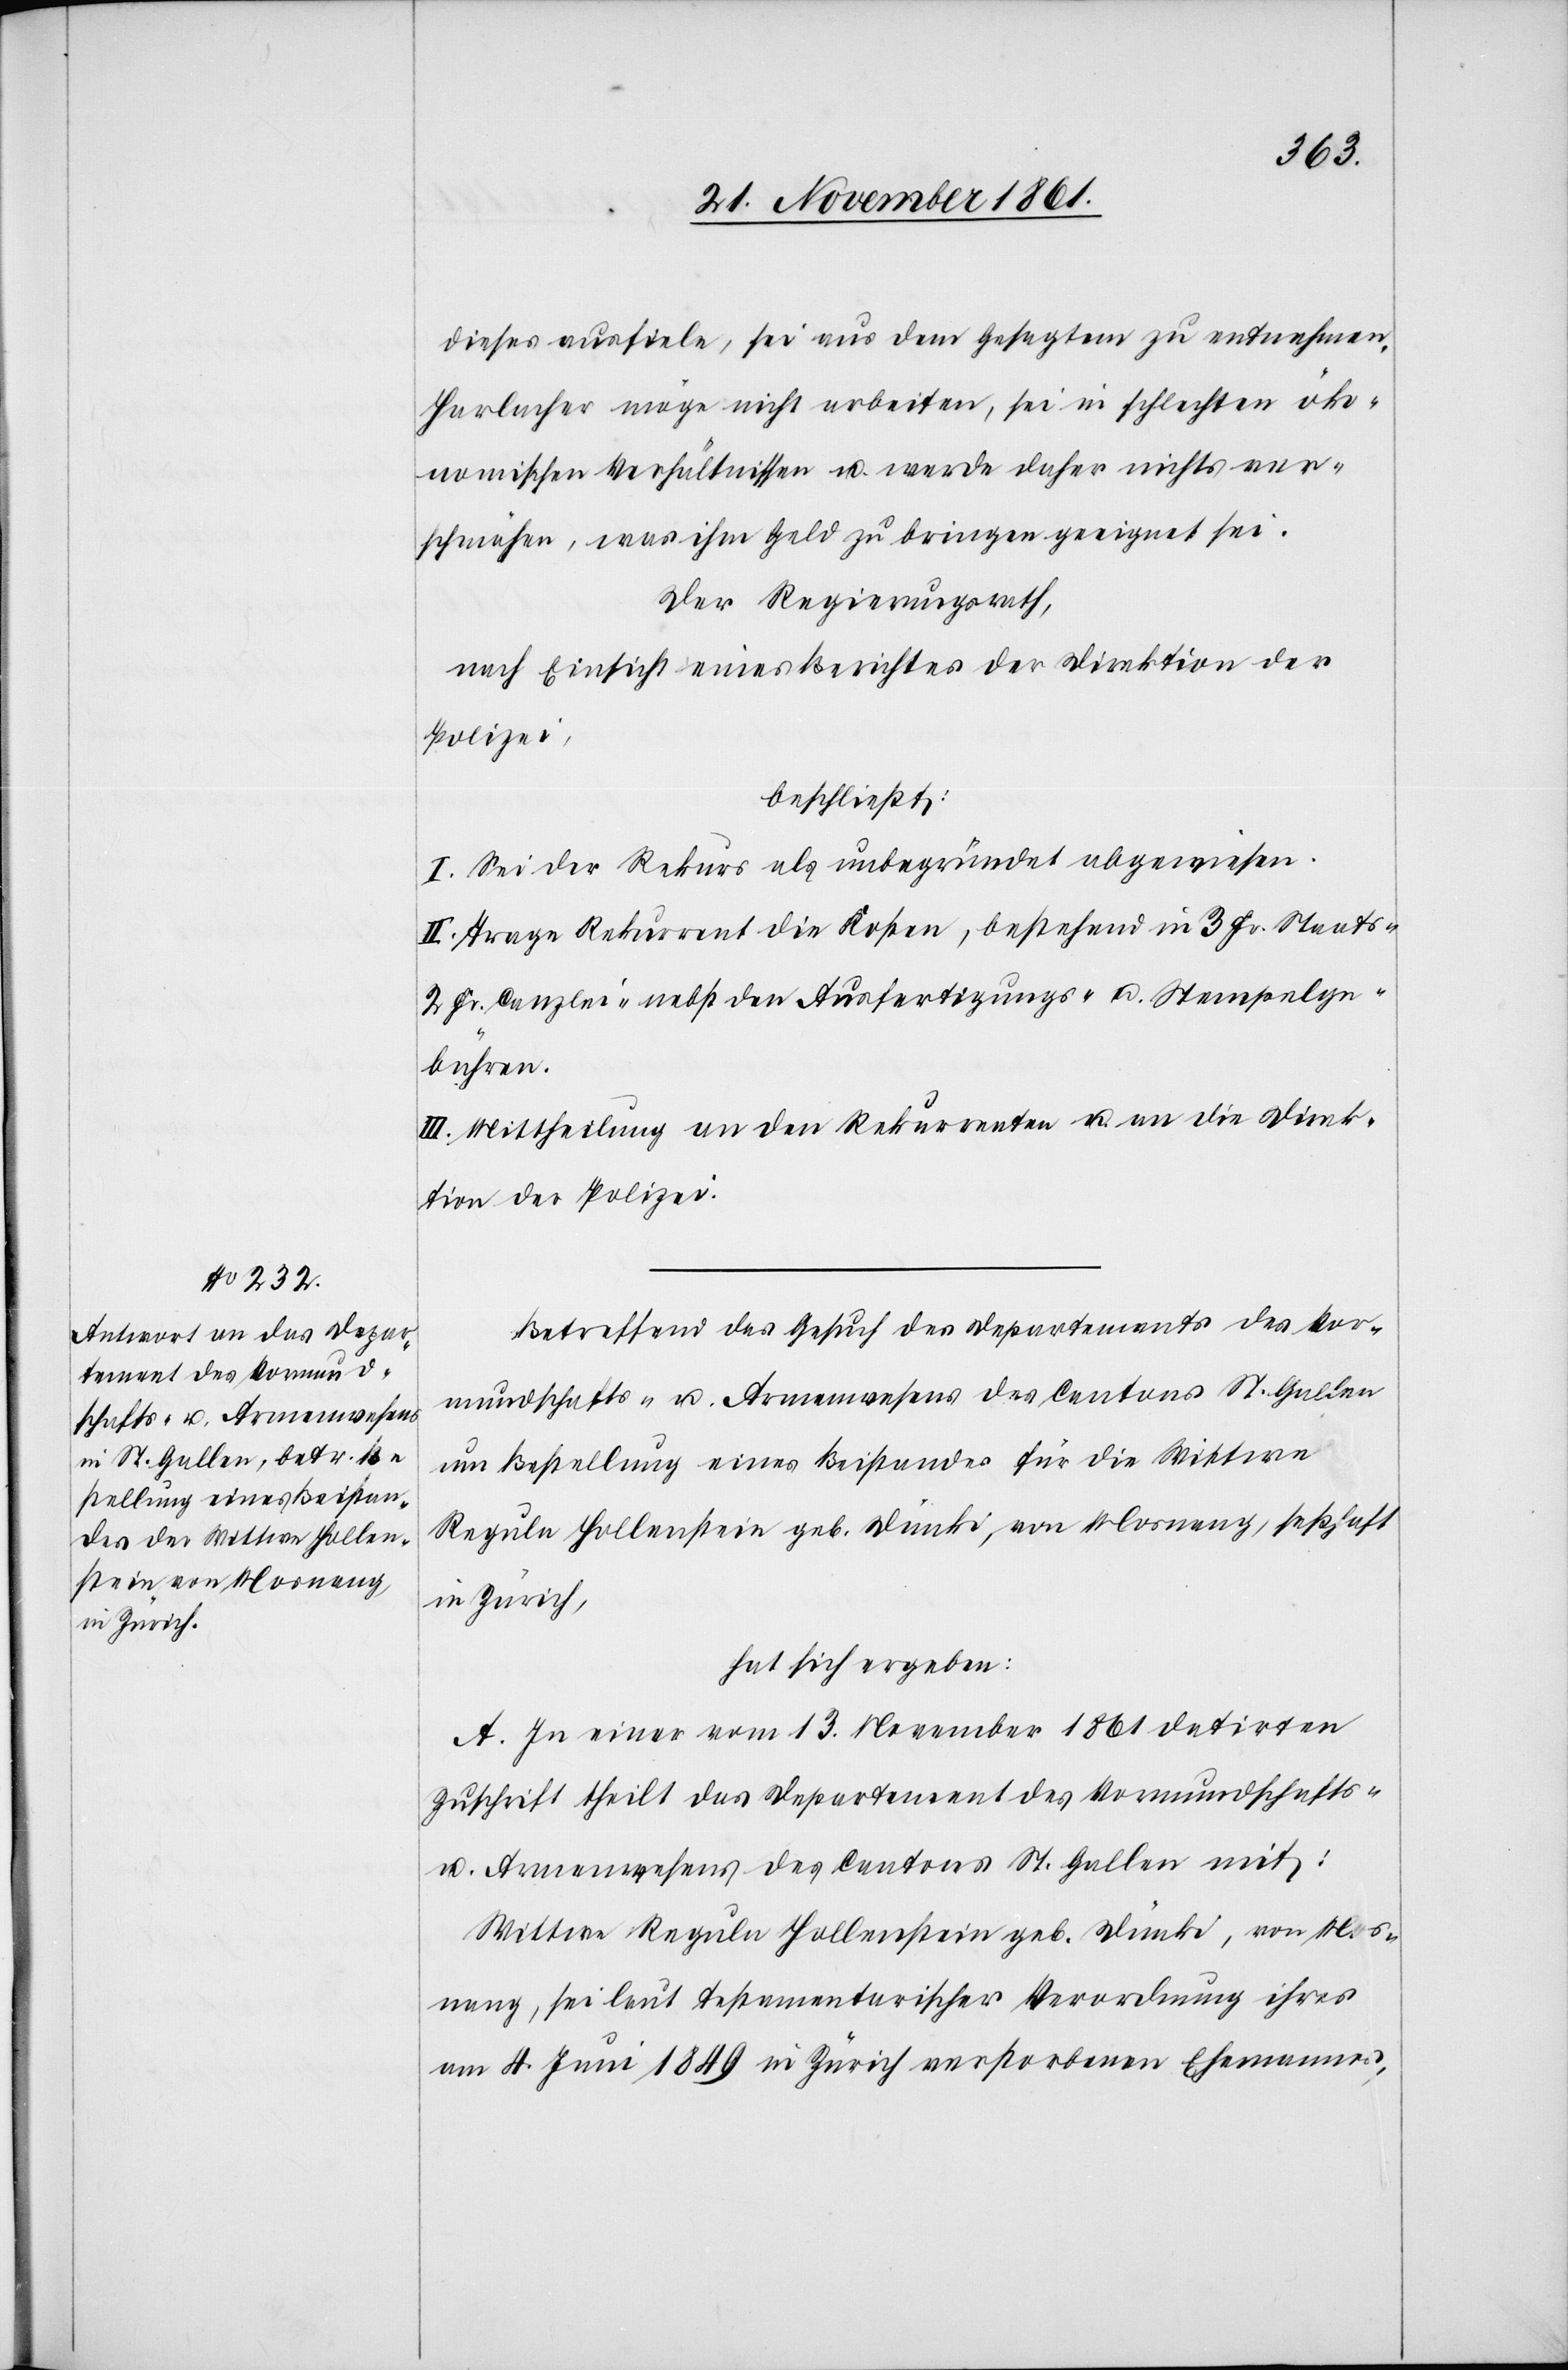
dieses ausfiele, sei aus dem Gesagten zu entnehmen,
Harlacher möge nicht arbeiten, sei in schlechten öko¬
nomischen Verhältnissen u. werde daher nichts ver¬
schmähen, was ihm Geld zu bringen geeignet sei.
Der Regierungsrath,
nach Einsicht eines Berichtes der Direktion der
Polizei,
beschließt:
I. Sei der Rekurs als unbegründet abgewiesen.
II. Trage Rekurrent die Kosten, bestehend in 3 Fr. Staats-[,]
2 Fr. Kanzlei- u. nebst den Ausfertigungs- u. Stempelge¬
bühren.
III. Mittheilung an den Rekurrenten u. an die Direk¬
tion der Polizei.
Betreffend das Gesuch des Departements des Vor¬
mundschafts- u. Armenwesens des Cantons St. Gallen
um Bestellung eines Beistandes für die Wittwe
Regula Hollenstein geb. Dünki, von Mosnang, seßhaft
in Zürich,
hat sich ergeben:
A. In einer vom 13 November 1861 datirten
Zuschrift theilt das Departement des Vormundschafts-
u. Armenwesens des Cantons St. Gallen mit:
Wittwe Regula Hollenstein geb. Dünki, von Mos¬
nang, sei laut testamentarischer Verordnung ihres
am 4 Juni 1849 in Zürich verstorbenen Ehemannes,